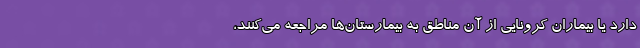
دارد یا بیماران کرونایی از آن مناطق به بیمارستان‌ها مراجعه می‌کنند،